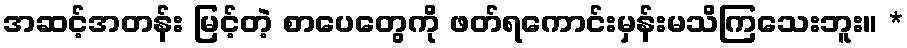
အဆင့်အတန်း မြင့်တဲ့ စာပေတွေကို ဖတ်ရကောင်းမှန်းမသိကြသေးဘူး။ *